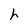
Character: h